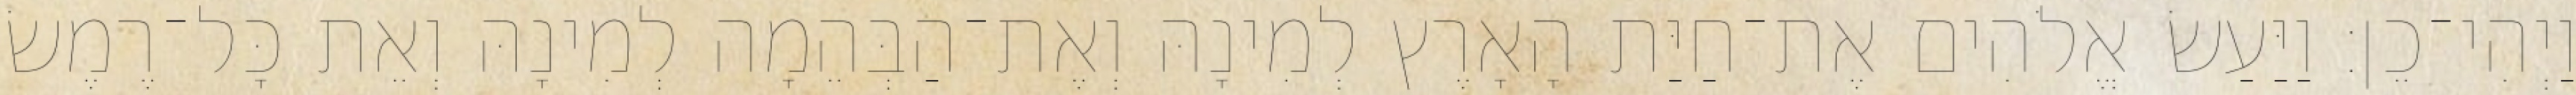
וַיְהִי־כֵן׃ וַיַּעַשׂ אֱלֹהִים אֶת־חַיַּת הָאָרֶץ לְמִינָהּ וְאֶת־הַבְּהֵמָה לְמִינָהּ וְאֵת כָּל־רֶמֶשׂ